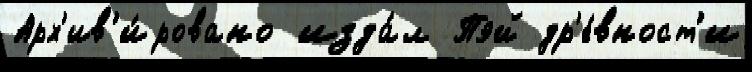
Арх'ив'и́ровано изда́л Пэй др'е́вност'и